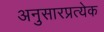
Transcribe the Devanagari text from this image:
अनुसारप्रत्येक